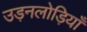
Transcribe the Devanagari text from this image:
उड़नलोड़ियाँ